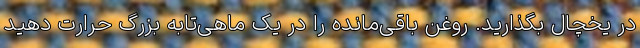
در یخچال بگذارید. روغن باقی‌مانده را در یک ماهی‌تابه بزرگ حرارت دهید